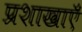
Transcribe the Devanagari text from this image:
प्रशाखाऍं